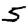
Digit: 5